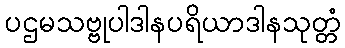
ပဌမသဗ္ဗုပါဒါနပရိယာဒါနသုတ္တံ